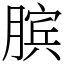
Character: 膑